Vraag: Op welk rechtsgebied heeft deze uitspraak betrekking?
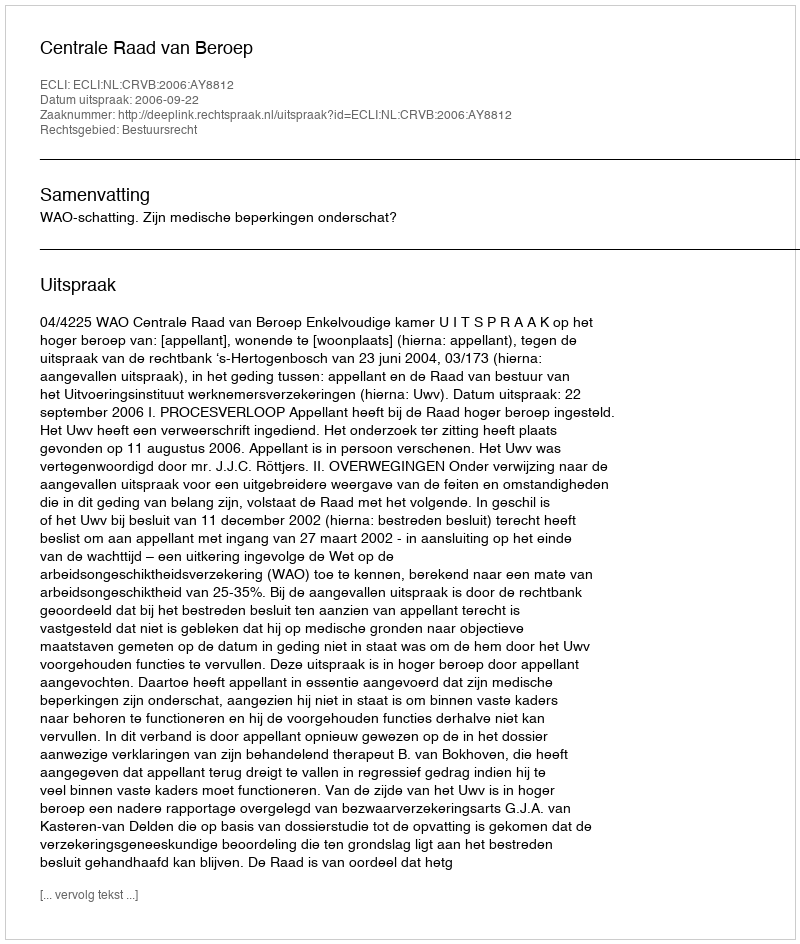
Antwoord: Bestuursrecht